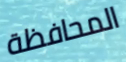
المحافظة